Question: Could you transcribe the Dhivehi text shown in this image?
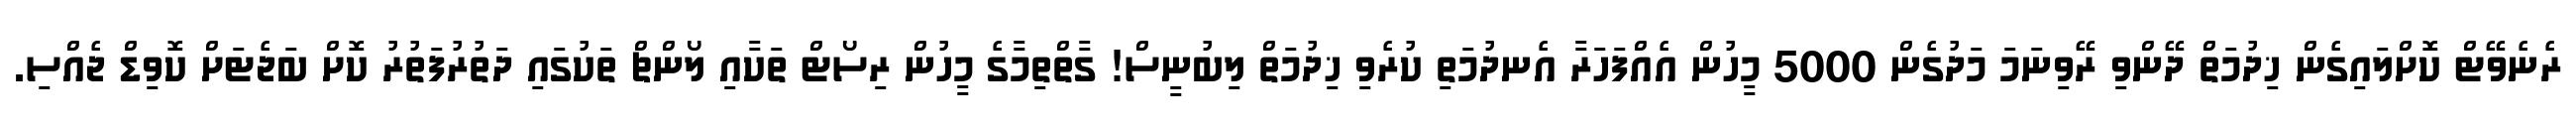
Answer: ރެނެވޭޓް ކޮށްލައިގެން ޚިދުމަތް ދޭންވި ރޭވިނަމަ މަދުގެން 5000 މީހުން އެއްފަހަރާ އެނދުމަތި ކުރެވި ޚިދުމަތް ލިބުނީސް! ގާތްތިމާގެ މީހުން ރިސޯޓް ތަކާއި ލޯންޗް ތަކުގައި ދަތުރުފަތުރު ކޮށް ބަޖެޓަށް ކޮވިޑް ޖެއްސި.